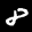
Label: 8